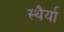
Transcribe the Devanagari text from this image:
स्थैर्या